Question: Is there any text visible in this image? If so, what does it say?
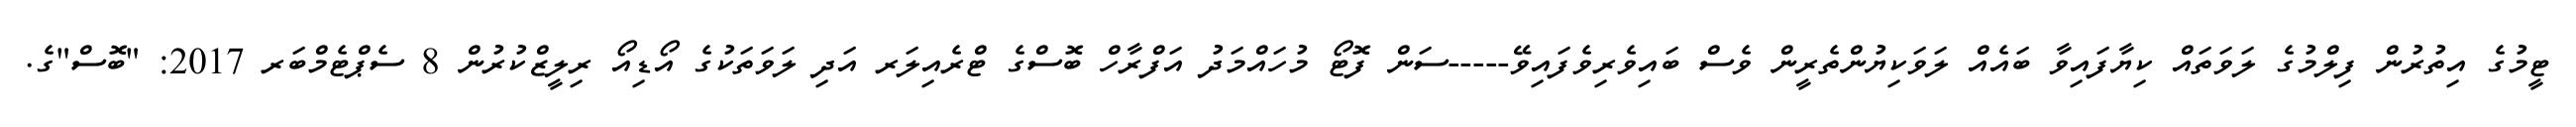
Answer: ޓީމުގެ އިތުރުން ފިލްމުގެ ލަވަތައް ކިޔާފައިވާ ބައެއް ލަވަކިޔުންތެރީން ވެސް ބައިވެރިވެފައިވޭ-----ސަން ފޮޓޯ މުހައްމަދު އަފްރާހް ބޮސްގެ ޓްރެއިލަރ އަދި ލަވަތަކުގެ އޯޑިއޯ ރިލީޒްކުރުން 8 ސެޕްޓެމްބަރ 2017: "ބޮސް"ގެ.